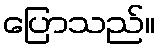
ပြောသည်။